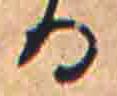
る